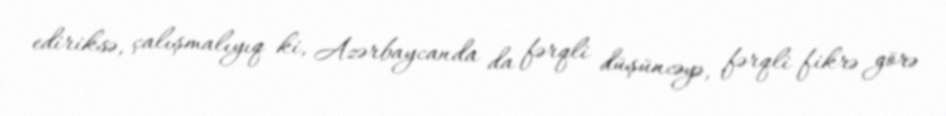
ediriksə, çalışmalıyıq ki, Azərbaycanda da fərqli düşüncəyə, fərqli fikrə görə